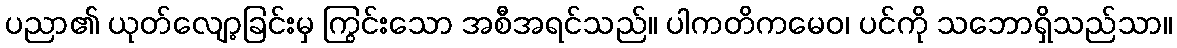
ပညာ၏ ယုတ်လျော့ခြင်းမှ ကြွင်းသော အစီအရင်သည်။ ပါကတိကမေဝ၊ ပင်ကို သဘောရှိသည်သာ။